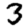
Digit: 3